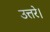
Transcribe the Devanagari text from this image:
उत्तरे।